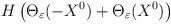
LaTeX: \begin{align*}H\left(\Theta_\varepsilon (-X^0) + \Theta_\varepsilon (X^0)\right)\end{align*}